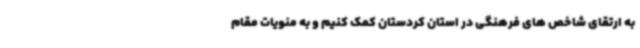
به ارتقای شاخص های فرهنگی در استان کردستان کمک کنیم و به منویات مقام